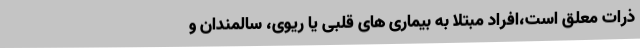
ذرات معلق است،افراد مبتلا به بیماری های قلبی یا ریوی، سالمندان و